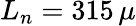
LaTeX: L_{n}=315\, \mu